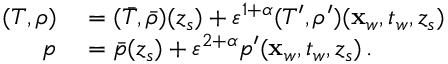
\begin{array} { r l } { ( T , \rho ) } & { { } = ( \bar { T } , \bar { \rho } ) ( z _ { s } ) + { \varepsilon } ^ { 1 + \alpha } ( T ^ { \prime } , \rho ^ { \prime } ) ( \mathbf { x } _ { w } , t _ { w } , z _ { s } ) } \\ { p } & { { } = \bar { p } ( z _ { s } ) + { \varepsilon } ^ { 2 + \alpha } p ^ { \prime } ( \mathbf { x } _ { w } , t _ { w } , z _ { s } ) \, . } \end{array}